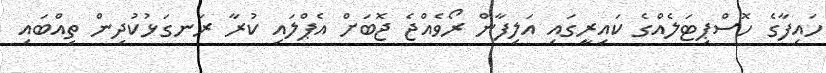
ހައިފާގެ ހޮސްޕިޓަލެއްގެ ކައިރީގައި އަލިފާން ރޯވެއްޖެ ޖޮބަށް އެޕްލައި ކުރާ ރަނގަޅުކުދިން ތިއްބައި